Leaving Certificate Examination, 1908
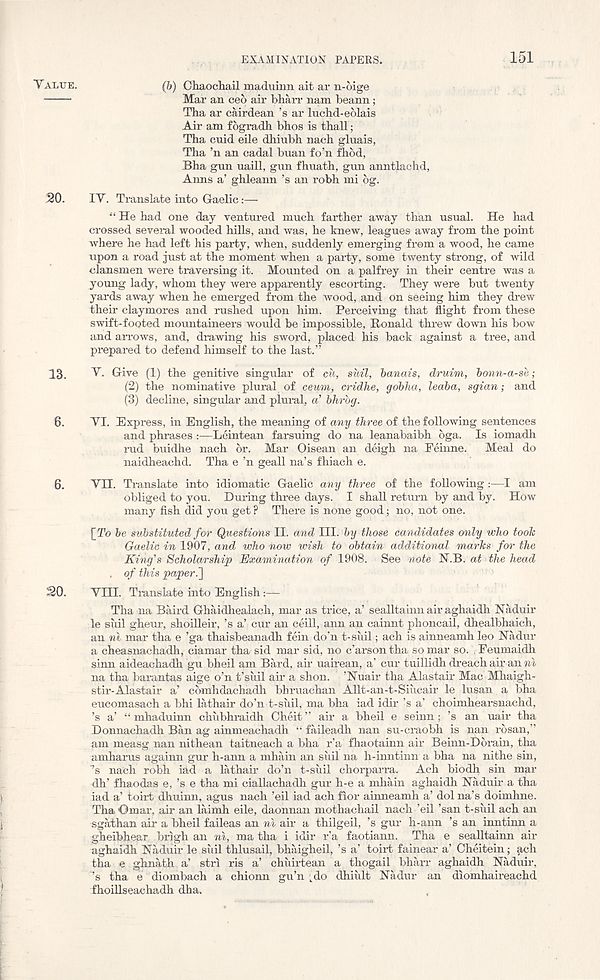
EXAMINATION PAPERS.
151
VALUE .
(h) Chaochail maduinn ait ar n-6ige
Mar an ceo air bharr nam beann;
Tha ar cairdean ’s ar luchd-eolais
Air am fogradh bhos is thall;
Tha cuid eile dhiubh nach gluais,
Tha ’n an cadal buan fo’n fhod,
Bha gun uaill, gun fhuath, gun anntlachd,
Anns a’ ghleann’s an robh mi 6g.
20.
IV. Translate into Gaelic:—
“ He had one day ventured much farther away than usual. He had
crossed several wooded hills, and was, he knew, leagues away from the point
where he had left his party, when, suddenly emerging from a wood, he came
upon a road just at the moment when a party, some twenty strong, of wild
clansmen were traversing it. Mounted on a palfrey in their centre was a
young lady, whom they were apparently escorting. They were but twenty
yards away when he emerged from the wood, and on seeing him they drew
their claymores and rushed upon him. Perceiving that flight from these
swift-footed mountaineers would be impossible, Ronald threw down his bow
and arrows, and, drawing his sword, placed his back against a tree, and
prepared to defend himself to the last.”
13.
V. Give (1) the genitive singular of cu, suil, banais, druim, bonn-a-se;
(2) the nominative plural of ceum, cridhe, gobha, leaba, sgian; and
(3) decline, singular and plural, a’ bhrbg.
6.
VI. Express, in English, the meaning of any three of the following sentences
and phrases:—Leintean farsuing do na leanabaibh oga. Is iomadh
rud buidhe nach or. Mar Oisean an deigh na Feinne.
Meal do
naidheachd. Tha e ’n geall na’s fhiach e.
6.
VH. Translate into idiomatic Gaelic any three of the following :—I am
obliged to you. During three days. I shall return by and by. How
many fish did you get ? There is none good; no, not one.
[To be substituted for Questions II. and III. by those candidates only who tools
Gaelic in 1907, and who now wish to obtain additional marks for the
King's Scholarship Examination of 1908. See note N.B. at the head
. of this paper.']
20.
VHI. Translate into English
Tha na Baird Ghaidhealach, mar as trice, a’ sealltainn air aghaidh Naduir
le sidl gheur, shoilleir, ’s a’ cur an ceill, ann an cainnt phoncail, dhealbhaich,
an ni mar tha e ’ga thaisbeanadh fein do’n t-suil; ach is ainneamh leo Nadur
a cheasnachadh, ciamar tha sid mar sid, no c’arsontha so mar so. . Feumaidh
sinn aideachadh gu bheil am Bard, air uairean, a’ cur tuillidh dreach air an ni
na tha barantas aige o’n t’suil air a shon. ’Wuair tha Alastair Mac Mhaigh-
stir-Alastair a’ comhdachadh bhruachan Allt-an-t-Siucair le lusan a bha
eucomasach a bhi lathair do’n t-suil, ma bha iad idir’s a’ choimhearsnachd,
’s a’ “ mhaduinn chubhraidh Cheit” air a bheil e seinn; ’s an uair tha
Donnachadh Ban ag ainmeachadh “ faileadh nan su-craobh is nan rosan,”
am measg nan nithean taitneach a bha r’a fhaotainn air Beinn-Dbrain, tha
amharus againn gur h-ann a mhain an sidl na h-inntinn a bha na nithe sin,
’s nach robh iad a lathair do’n t-suil chorparra. Ach biodh sin mar
dh’ fhaodas e, ’s e tha mi ciallachadh gur h-e a mhain aghaidh Naduir a tha
iad a’ toirt dliuinn, agus nach ’eil iad ach fior ainneamh a’ dol na’s doimhne.
Tha Gmar, air an laimh eile, daonnan mothachail nach ’eil ’san t-suil ach an
sgathan air a bheil faileas an n\ air a thilgeil, ’s gur h-ann ’s an inntinn a
gheibhear brigh an ni, ma tha i idir r’a faotiann. Tha e sealltainn air
aghaidh Haduir le siiil thlusail, bhaigheil, ’s a’ toirt fainear a’ Cheitein; ach
tha e ghnath a’ stri ris a’ chuirtean a thogail bharr aghaidh Naduir,
”s tha e diombach a chionn gu’n ^do dhiult Nadur an diomhaireachd
fhoillseachadh dha.